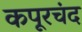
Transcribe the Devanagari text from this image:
कपूरचंद